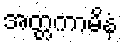
အတ္တကာမိနံ